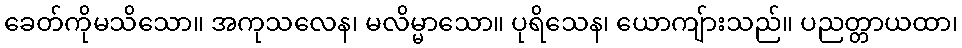
ခေတ်ကိုမသိသော။ အကုသလေန၊ မလိမ္မာသော။ ပုရိသေန၊ ယောကျ်ားသည်။ ပညတ္တာယထာ၊